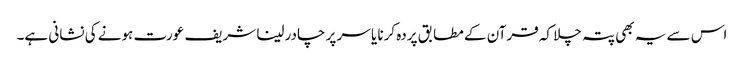
اس سے یہ بھی پتہ چلا کہ قرآن کے مطابق پردہ کرنا یا سر پر چادر لینا شریف عورت ہونے کی نشانی ہے۔